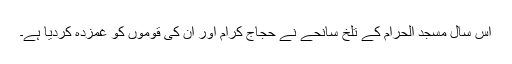
اس سال مسجد الحرام کے تلخ سانحے نے حجاج کرام اور ان کی قوموں کو غمزدہ کردیا ہے۔